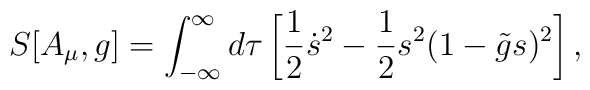
S[A_{\mu},g]= \int_{-\infty}^\infty d \tau\left[ {1 \over 2} \dot s^2 - {1 \over 2} s^2 (1-\tilde g s)^2 \right],